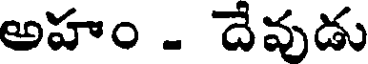
అహం . దెవుడు